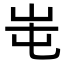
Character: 𡶁